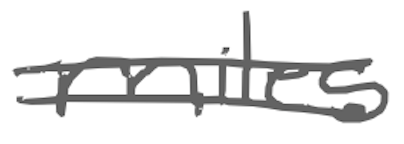
Text: miles
Cross-out: double-line
Writing tool: digital_gray